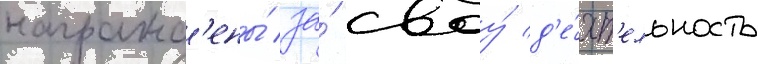
награжд'ены́ за́ своу́ д'е́ят'ельность